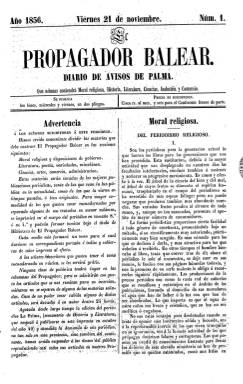
Título: El Propagador balear (Palma)
Colección: Periódicos
Ámbito geográfico: Baleares
Lugar de publicación: Palma
Fechas: 20/11/1856-13/01/1857

Por tercera vez, el impresor, librero y editor conservador Felipe Guasp va a sacar este título. Anteriormente lo había hecho en 1837 y entre 1847 y 1851. Ahora empieza a publicarlo a partir del 21 de noviembre de 1856, y lo hace con el subtítulo “diario de avisos de Palma: que además contendrá moral, historia, literatura, ciencias, industria y comercio”, cuyo plan es insertar en sus páginas artículos que abrazasen esas materias que no podía incluir –“a causa de lo limitado de un periódico político”, señala en el prospecto– en el diario El Mallorquín, que simultáneamente también publica Guasp. Le da el mismo formato que este, en folio regular, para su posible encuadernación conjunta.

Sus primeras entregas aparecen viernes, lunes y miércoles, con ocho páginas, para, seguidamente hacerlo diariamente por la mañana –tal como se indica en la cabecera y en el subtítulo–, pero reduciéndolas a cuatro páginas, que serán siempre compuestas a dos columnas. Dice que será ajeno a cuestiones o polémicas políticas, y sus textos serán originales o sacados de otras publicaciones. Para los suscriptores de El Mallorquín, se distribuirá gratuitamente, a cambio de que adquieran obras o artículos en la librería de Guasp por un valor equivalente al importe de su suscripción, que era de cinco reales al mes en las Baleares.

Dedica especial espacio al tema religioso, con una sección bajo el epígrafe Moral religiosa, en la que inserta artículos como los titulados Del periodismo religioso o Exposición social de la moral católica, procedentes del diario La España católica. Otras secciones son Industria (con artículos sobre el progreso agrícola en España), Comercio, Misceláneas (sobre asuntos médicos o científicos, entre otros), Bellas Artes (con un texto firmado por José Galofre), Gacetilla religiosa (santoral y culto), Publicaciones oficiales (resúmenes del Boletín oficial de Baleares), Espectáculos (funciones teatrales y toros), Mercado de Palma (precios corrientes de los artículos de consumo) o Puerto de Palma (embarcaciones fondeadas y despachadas).

Tiene también sección de Revista de periódicos, Avisos y de Anuncios comerciales, al final. En la de local ofrece información de los ayuntamientos constitucionales de la isla o de otras entidades, como la Academia de Medicina y Cirugía de Palma, así como las Afecciones astronómicas. Así mismo, inserta un Boletín bibliográfico con las obras en venta en la librería de Guasp. Probablemente, el encargado de la redacción de este periódico sea Joaquín Bover, por el autógrafo que aparece firmando el prospecto incluido en la colección de la Biblioteca Nacional de España. Publica una composición poética de la que es autor Narciso Campillo.

Tras reiniciar su secuencia y perder de nuevo su periodicidad diaria, el número cinco, correspondiente al nueve de enero de 1857, es el último de la colección. Por su corta vida, debió tener escaso éxito. Este título volverá a publicarse entre 1862 y 1863.